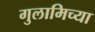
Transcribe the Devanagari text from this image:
गुलामिच्या